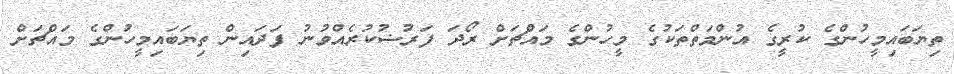
ތިޔަބައިމީހުންގެ ކުރީގެ އުންމަތްތަކުގެ މީހުންގެ މައްޗަށް ރޯދަ ފަރުޟުކުރެއްވުނު ފަދައިން ތިޔަބައިމީހުންގެ މައްޗަށް